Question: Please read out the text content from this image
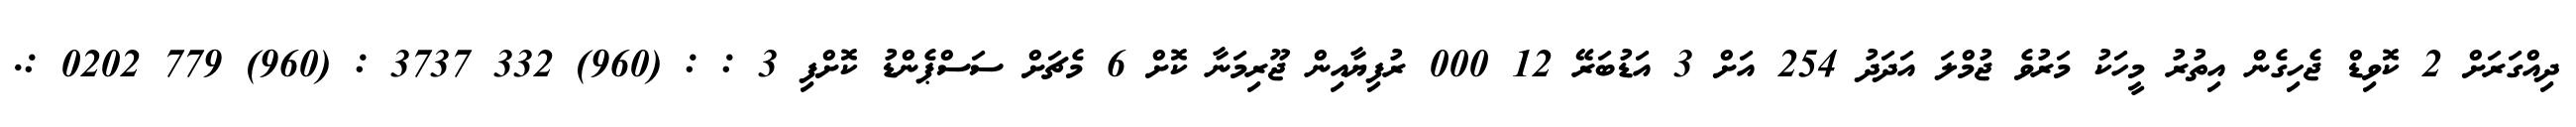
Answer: ދިއްގަރަށް 2 ކޮވިޑް ޖެހިގެން އިތުރު މީހަކު މަރުވެ ޖުމްލަ އަދަދު 254 އަށް 3 އަޑުބަރޭ 12 000 ރުފިޔާއިން ޖޫރިމަނާ ކޮށް 6 މެޗަށް ސަސްޕެންޑު ކޮށްފި 3 : : (960) 332 3737 : (960) 779 0202 :.